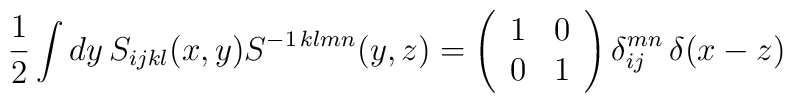
\frac{1}{2}\int dy\,S_{ijkl}(x,y)S^{-1\,klmn}(y,z)=\left(\begin{array}{cc}1&0\\0&1\end{array}\right)\delta_{ij}^{mn}\,\delta(x-z)